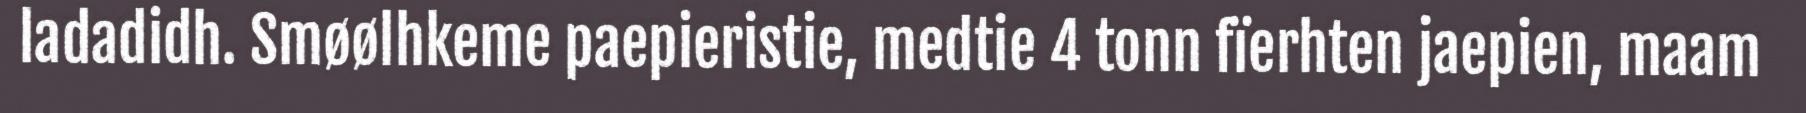
ladadidh. Smøølhkeme paepieristie, medtie 4 tonn fïerhten jaepien, maam